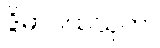
ဒွိဓာပထသုတ်။